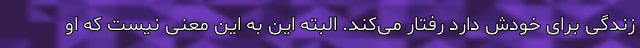
زندگی برای خودش دارد رفتار می‌کند. البته این به این معنی نیست که او